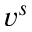
v ^ { s }